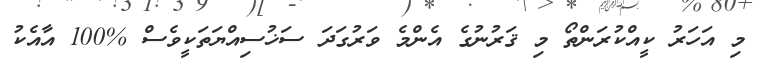
މި އަހަރު ކީއްކުރަންތޯ މި ޤަރުނުގެ އެންމެ ވަރުގަދަ ސަޚުސިއްޔަތަކީވެސް %100 އާއެކު